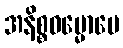
အနိစ္စဓမ္မောပေ